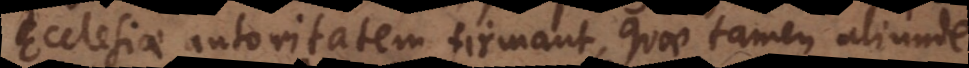
Ecclesiae autoritatem firmant, quae tamen aliunde